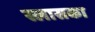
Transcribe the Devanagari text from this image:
स्लासका